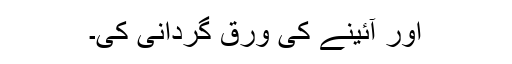
اور آئینے کی ورق گردانی کی۔